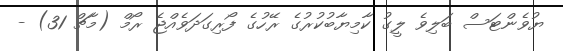
ޔުވެންޓަސް ބަލިވެ ލީގު ކާމިޔާބުކުރުގެ ރޭހުގެ ފޯރިގަދަވެއްޖެ ރޯމް (މާޗް 31) -